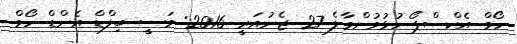
ހޯމް އެކްސްޕޯ ހުޅުވުންމާލެ 27 ޖެނުއަރީ 2016: މަސީ ބިލްޑް އެންޑް ހޯމް